Vital statistics of India. Vol. VI, European troops 1870-79
Year: 1870
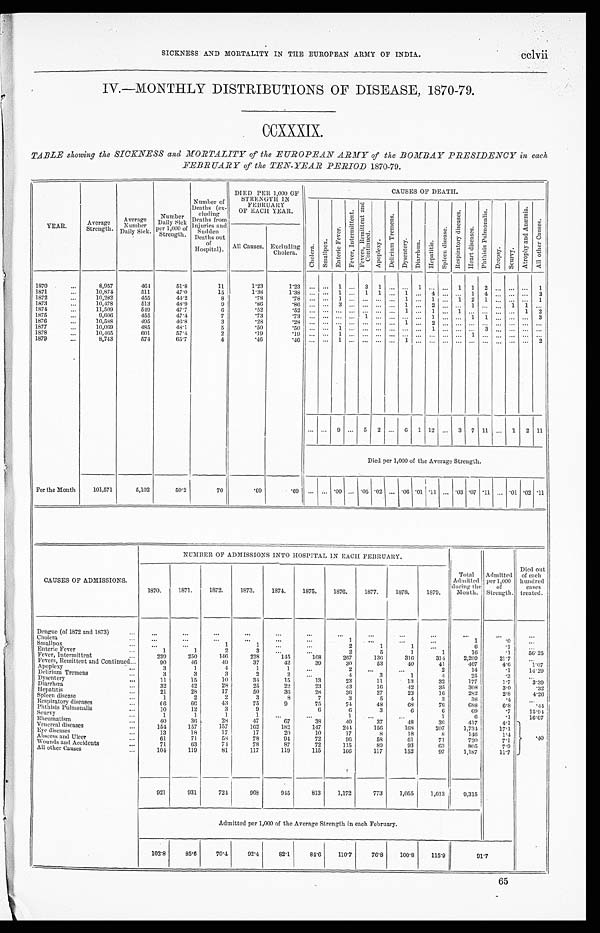
cclvii
SICKNESS AND MORTALITY IN THE EUROPEAN ARMY OF INDIA.
IV.—MONTHLY DISTRIBUTIONS OF DISEASE, 1870-79.
CCXXXIX.
TABLE showing the SICKNESS and MORTALITY of the EUROPEAN ARMY of the BOMBAY PRESIDENCY in each
FEBRUARY of the TEN-YEAR PERIOD 1870-79.
YEAR.
Average
Strength.
A v e r a g e
N u m b e r
D a i l y S i c k .
N u m b e r D a i l y S i c k p e r 1 , 0 0 0 o f S t r e n g t h .
N u m b e r o f D e a t h s ( e x - c l u d i n g D e a t h s f r o m I n j u r i e s a n d s u d d e n D e a t h s o u t o f H o s p i t a l s . )
D I E D P E R 1 , 0 0 0 O F S T R E N G T H I N F E B R U A R Y O F E A C H Y E A R .
CAUSES OF DEATH.
C h o l e r a . Sma l l pox.
E n t e r i c F e v e r .
F e v e r , I n t e r m i t t e n t .
F e v e r s R e m i t t e n t a n d C o n t i n u e d .
A p o p l e x y .
D e l i r i u m T r e m e n s .
Dys ent er y.
Diarrhœa.
Hepat i t i s.
S p l e e n d i s e a s e .
R e s p i r a t o r y d i s e a s e s .
H e a r t d i s e a s e s .
P h t h i s i s P u l m o n a l i s .
D r o p s y
S c u r v y .
A t r o p h y a n d A n æ m i a .
A l l o t h e r C a u s e s .
All Causes. Excluding
Cholera.
1870
. . .
8,957
464
51.8
11
1.23
1 . 2 3
. . .
... 1
. . . 3
1
. . .
... 1 ... ... 1
1 2
. . . . . .
. . . 1
1871
. . .
10,874
511
47.0
15
1.38
1 . 3 8
. . .
... 1
. . . 1
1
. . .
1 ... 4 ... ...
1 4
. . . . . .
. . . 2
1872
. . .
10,282
455
44.2
8
.78
. 7 8
. . .
... 1
. . . . . .
. . .
. . .
1 ... 1 ... 1
2 1
. . .
. . .
. . . 1
1873
. . .
10,478
513
48.9
9
.86
.86
. . .
...
3
. . . . . .
. . .
. . . 1 ...
2 ... ...
1 ...
. . .
1 1
...
1874
. . .
11,509
549
47.7
6
.52
52
. . .
... ...
. . . . . .
. . .
. . . 1 ... 1 ... 1
. . . ...
. . .
. . .
1 2
1875
. . .
9,606
455
47.4
7
.73
. 7 3
. . .
... ...
. . . 1
. . .
. . .
... ... 1 ... ...
1 1
. . .
. . .
. . . 3
1876
...
10,588
495
46.8
3
.28
.28
. . . ... ...
. . .
. . .
. . .
. . . 1 ... 2
. . . ...
. . . ...
. . .
. . .
. . .
...
1877
. . .
10,069
485
48.1
5
.50
.50
. . .
...
1
. . .
. . .
. . .
. . .
... ...
1
. . .
...
. . . 3
. . .
. . . . . . ...
1878
. . .
10,465
601
57.4
2
.19
.19
. . .
...
1
. . .
. . .
. . .
. . .
... ... ...
. . .
...
1 ...
. . .
. . .
. . . ...
1879
. . .
8,743
574
65.7
4
.40
. 4 6
. . .
...
1
. . .
. . .
. . .
. . . 1 ...
... ... ...
. . .
...
. . .
2
. . . ... 9 ...
5
2 ...
6
1 12 ...
3 7 11 ...
1
2
11
Died per 1,000 of the Average Strength.
For the Month
101,571
5,102
50.2
70
.69
.69
. . . ... .09 ... .05 .02 ... .06 .01 .11 ... .03 .07. .11 ... .01 . 0 2 .11
CAUSES OF ADMISSIONS.
NUMBER OF ADMISSIONS INTO HOSPITAL IN EACH FEBRUARY.
T o t a l A d m i t t e d d u r i n g t h e M o n t h .
Admitted
per 1,000
of
Strength.
Died out
of each
hundred
cases
treated.
1870.
1871.
1872.
1873.
1874.
1875.
1876.
1877.
1878.
1879.
Dengue (of 1872 and 1873)
...
. . .
...
...
...
...
...
. . .
...
. . .
. . .
. . .
...
. . .
C h olera
...
. . .
. . .
. . .
. . .
. . .
. . .
1
. . .
. . .
. . .
1
. 0
. . .
Smallpox
...
. . .
. . .
1
1
. . .
. . .
2
1
1
. . .
6
. 1
. . .
Enteric Fever
...
1
1
2
3
. . .
. . .
2
5
1
1
16
. 1
56. 25
Fever, Intermittent
...
239
250
146
228
145
168
267
136
316
314
2,209
21.7
. . .
Fevers, Remittent and Continued... ...
90
46
49
37
42
39
30
53
40
41
467
4.6
1.07
Apoplexy
....
3
1
4
1
1
. . .
2
. . .
. . .
2
14
.1
14.29
Delirium Tremens
...
3
3
3
2
2
. . .
4
3
1
4
25
.3
. . .
Dysentery
...
1 1
15
10
34
15
13
23
11
13
32
177
1.7
3.39
Diarrhœa
...
32
42
28
25
22
23
43
16
.42
35
308
3.0 .32
Hepatitis
...
21
28
17
50
36
28
36
27
23
16
282
2.8
4.26
Spleen diseases
...
1
2
2
3
8
7
3
5
4
3
38
.4
. . .
Respiratory diseases
...
66
66
43
75
9
75
74
48
68
76
688
6.8
. 44
Phthisis Pulmonalis
...
10
12
3
9
. .
6
6
3
6
6
69
.7
15.94
Scurvy
...
1
1
1
1
. . .
. . .
1
. . .
. . .
1
6
.1
16.67
Rheumatism
...
40
36
28
47
67
38
40
37
48
36
417
4.1
Venereal disease
...
154
157
157
162
182
147
244
156
168
207
1,734
17.1
Eve diseases
...
13
18
17
17
20
10
17
8
18
8
146
1 . 4
Abscess and Ulcer
...
61
71
58
78
94
72
9 6
58
61
71
720
7 . 1
. 4 0
Wounds and Accidents
...
71
63
71
78
87
72
115
89
93
63
805
7.9
All other Causes
...
104
119
81
117
119
115
166
117
152
97
1,187
11.7
921
931
721
968
945
813
1.172
773
1,055
1,013
9,315
Admitted per 1,000 of the Average Strength in each February.
102.8
85.6
70.4
92.4
82.1
84.6
110.7
76.8
100.8
115.9
9 . 1 7
65